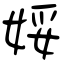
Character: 娞